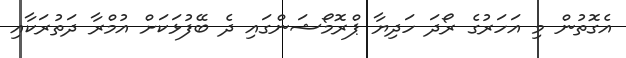
އެގޮތުން މި އަހަރުގެ ރޯދަ ހަދިޔާ ޕްރޮމޯޝަންގައި ދެ ބޭފުޅަކަށް އުމްރާ ދަތުރަކާއި